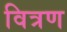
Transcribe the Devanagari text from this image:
वित्रण